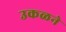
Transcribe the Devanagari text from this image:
उकळने